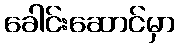
ခေါင်းဆောင်မှာ